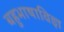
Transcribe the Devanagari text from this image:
बहुभाषाविज्ञ